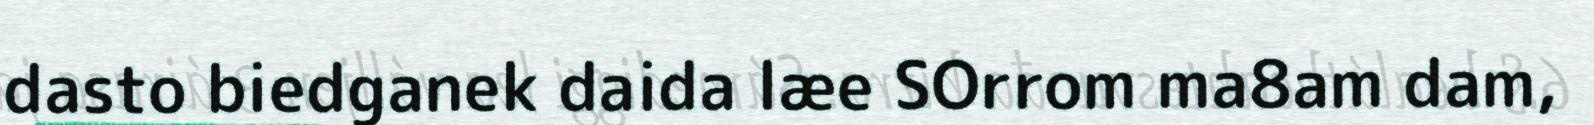
dasto biedganek daida læe SOrrom ma8am dam,